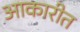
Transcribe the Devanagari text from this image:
आकारीत